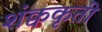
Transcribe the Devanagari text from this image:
शंक्वकृती